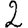
Digit: 2